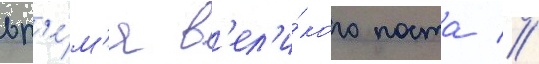
вр'е́м'я в'ел'и́кого поста //